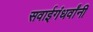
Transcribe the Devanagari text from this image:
सवाईगंधर्वांनी